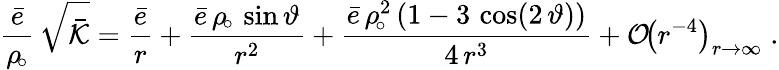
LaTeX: \frac{\bar{e}}{\rho_{\! \circ}}\, \sqrt{\bar{\mathcal{K}}}=\frac{\bar{e}}{r}+\frac{\bar{e}\, \rho_{\! \circ}\, \sin\vartheta}{r^{2}}+\frac{\bar{e}\, \rho_{\! \circ}^{2}\left(1-3\, \cos(2\, \vartheta)\right)}{4\, r^{3}}+\mathcal{O}\! \left(r^{-4}\right)_{r\to\infty}\; .